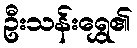
ဦးသန်းရွှေ၏